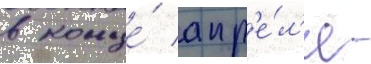
в конце́ апр'е́л'я -